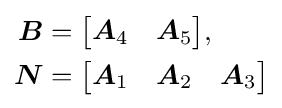
{\begin{aligned}{\boldsymbol {B}}&={\begin{bmatrix}{\boldsymbol {A}}_{4}&{\boldsymbol {A}}_{5}\end{bmatrix}},\\{\boldsymbol {N}}&={\begin{bmatrix}{\boldsymbol {A}}_{1}&{\boldsymbol {A}}_{2}&{\boldsymbol {A}}_{3}\end{bmatrix}}\end{aligned}}